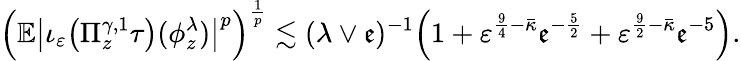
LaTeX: \Bigl(\mathbb{E}\bigl|\iota_{\varepsilon}\bigl(\Pi_{z}^{\gamma,1}\tau\bigr)(\phi_{z}^{\lambda})\bigr|^{p}\Bigr)^{\frac{1}{p}}\lesssim(\lambda\vee\mathfrak{e})^{-1}\Bigl(1+\varepsilon^{\frac 94-\bar{\kappa}}\mathfrak{e}^{-\frac 52}+\varepsilon^{\frac 92-\bar{\kappa}}\mathfrak{e}^{-5}\Bigr).